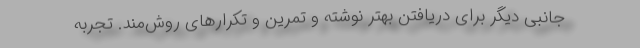
جانبی دیگر برای دریافتن بهتر نوشته و تمرین و تکرارهای روش‌مند. تجربه